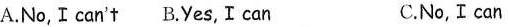
A. No,I can't B.Yes, I can C. No,I can